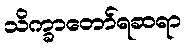
သိက္ခာတော်ရဆရာ